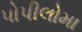
પોપીલોમા